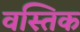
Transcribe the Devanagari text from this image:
वस्तिक